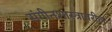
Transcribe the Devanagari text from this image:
संगीतशास्त्रावरील